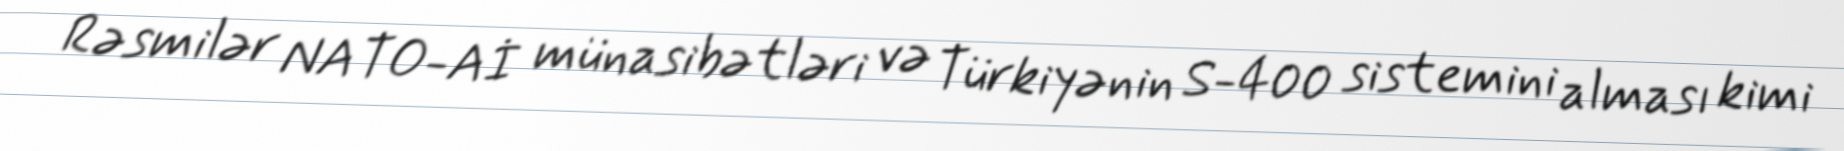
Rəsmilər NATO-Aİ münasibətləri və Türkiyənin S-400 sistemini alması kimi